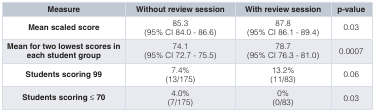
<table><thead><tr><td><b>Measure</b></td><td><b>Without review session</b></td><td><b>With review session</b></td><td><b>p-value</b></td></tr></thead><tbody><tr><td><b>Mean scaled score</b></td><td>85.3(95% CI 84.0 - 86.6)</td><td>87.8(95% CI 86.1 - 89.4)</td><td>0.03</td></tr><tr><td><b>Mean for two lowest scores in</b><b>each student group</b></td><td>74.1(95% CI 72.7 - 75.5)</td><td>78.7(95% CI 76.3 - 81.0)</td><td>0.0007</td></tr><tr><td><b>Students scoring 99</b></td><td>7.4%(13/175)</td><td>13.2%(11/83)</td><td>0.06</td></tr><tr><td><b>Students scoring ≤ 70</b></td><td>4.0%(7/175)</td><td>0%(0/83)</td><td>0.03</td></tr></tbody></table>